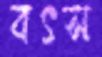
বৎস